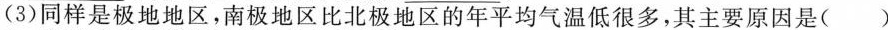
(3)同样是极地地区，南极地区比北极地区的年平均气温低很多，其主要原因是( )